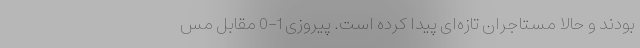
بودند و حالا مستاجران تازه‌ای پیدا کرده است. پیروزی 1-0 مقابل مس‌